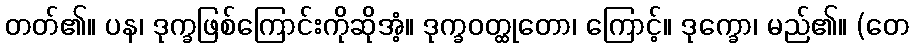
တတ်၏။ ပန၊ ဒုက္ခဖြစ်ကြောင်းကိုဆိုအံ့။ ဒုက္ခဝတ္ထုတော၊ ကြောင့်။ ဒုက္ခော၊ မည်၏။ (တေ